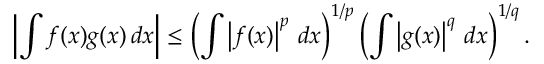
\left| \int f ( x ) g ( x ) \, d x \right| \leq \left( \int \left| f ( x ) \right| ^ { p } \, d x \right) ^ { 1 / p } \left( \int \left| g ( x ) \right| ^ { q } \, d x \right) ^ { 1 / q } .